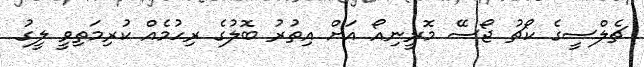
ޗެލްސީގެ ކޯޗު ޖޯސޭ މޮރީނިއޯ އަށް އިތުރު ބޮލުގެ ރިހުމެއް ކުރިމަތިވީ ލީގު